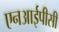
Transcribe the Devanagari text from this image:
एनआईपीसी